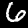
Digit: 6